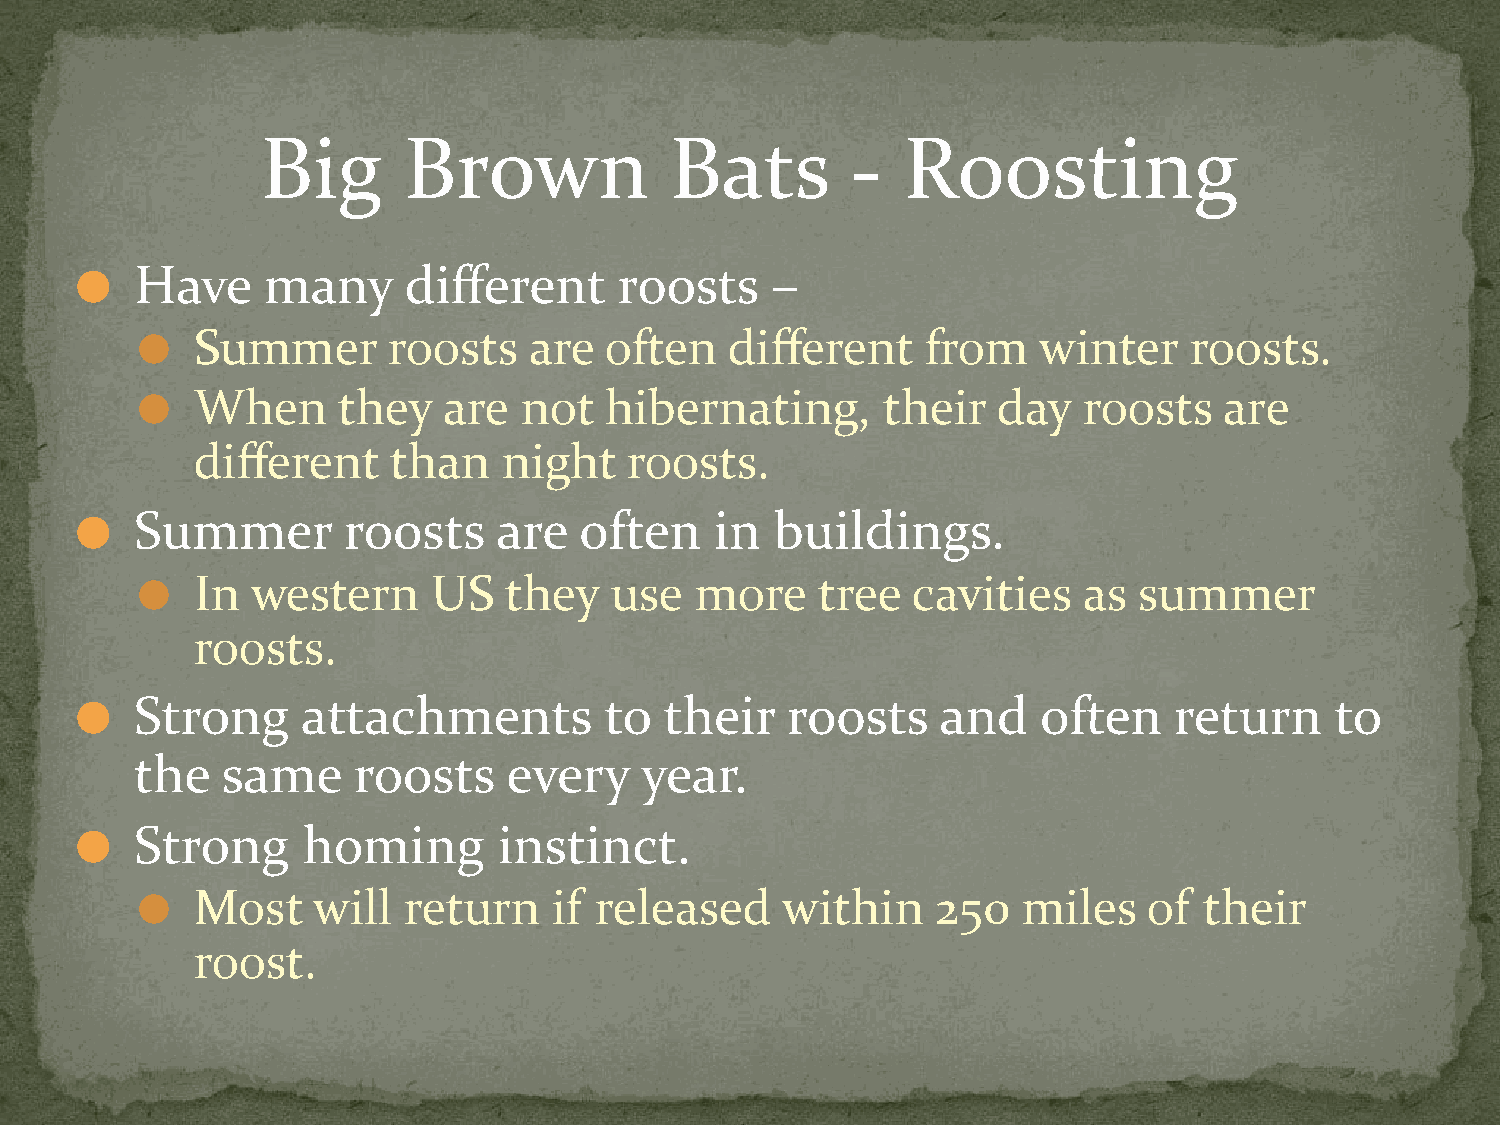
Big       Brown            Bats        -   Roosting
 Have    many      different     roosts    –
 ⚫
 Summer       roosts   are  often   different    from    winter    roosts.
 ⚫
 When     they   are  not   hibernating,      their   day   roosts   are
 ⚫
 different    than   night    roosts.
 Summer        roosts    are  often    in  buildings.
 ⚫
 In  western     US  they   use   more    tree  cavities    as summer
 ⚫
 roosts.
 Strong     attachments         to  their   roosts    and    often    return    to
 ⚫
 the   same    roosts     every   year.
 Strong     homing       instinct.
 ⚫
 Most    will  return    if released    within    250   miles   of  their
 ⚫
 roost.